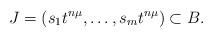
LaTeX: \begin{align*}J=(s_1t^{n\mu},\ldots,s_mt^{n\mu})\subset B.\end{align*}